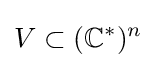
V\subset (\mathbb {C} ^{*})^{n}